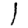
Digit: 1